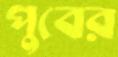
পুবের